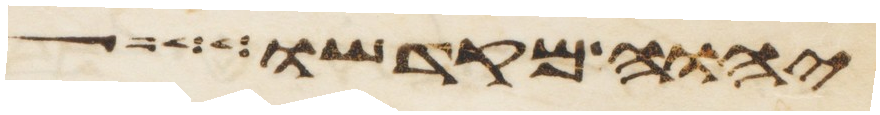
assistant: יהוה מקדשו